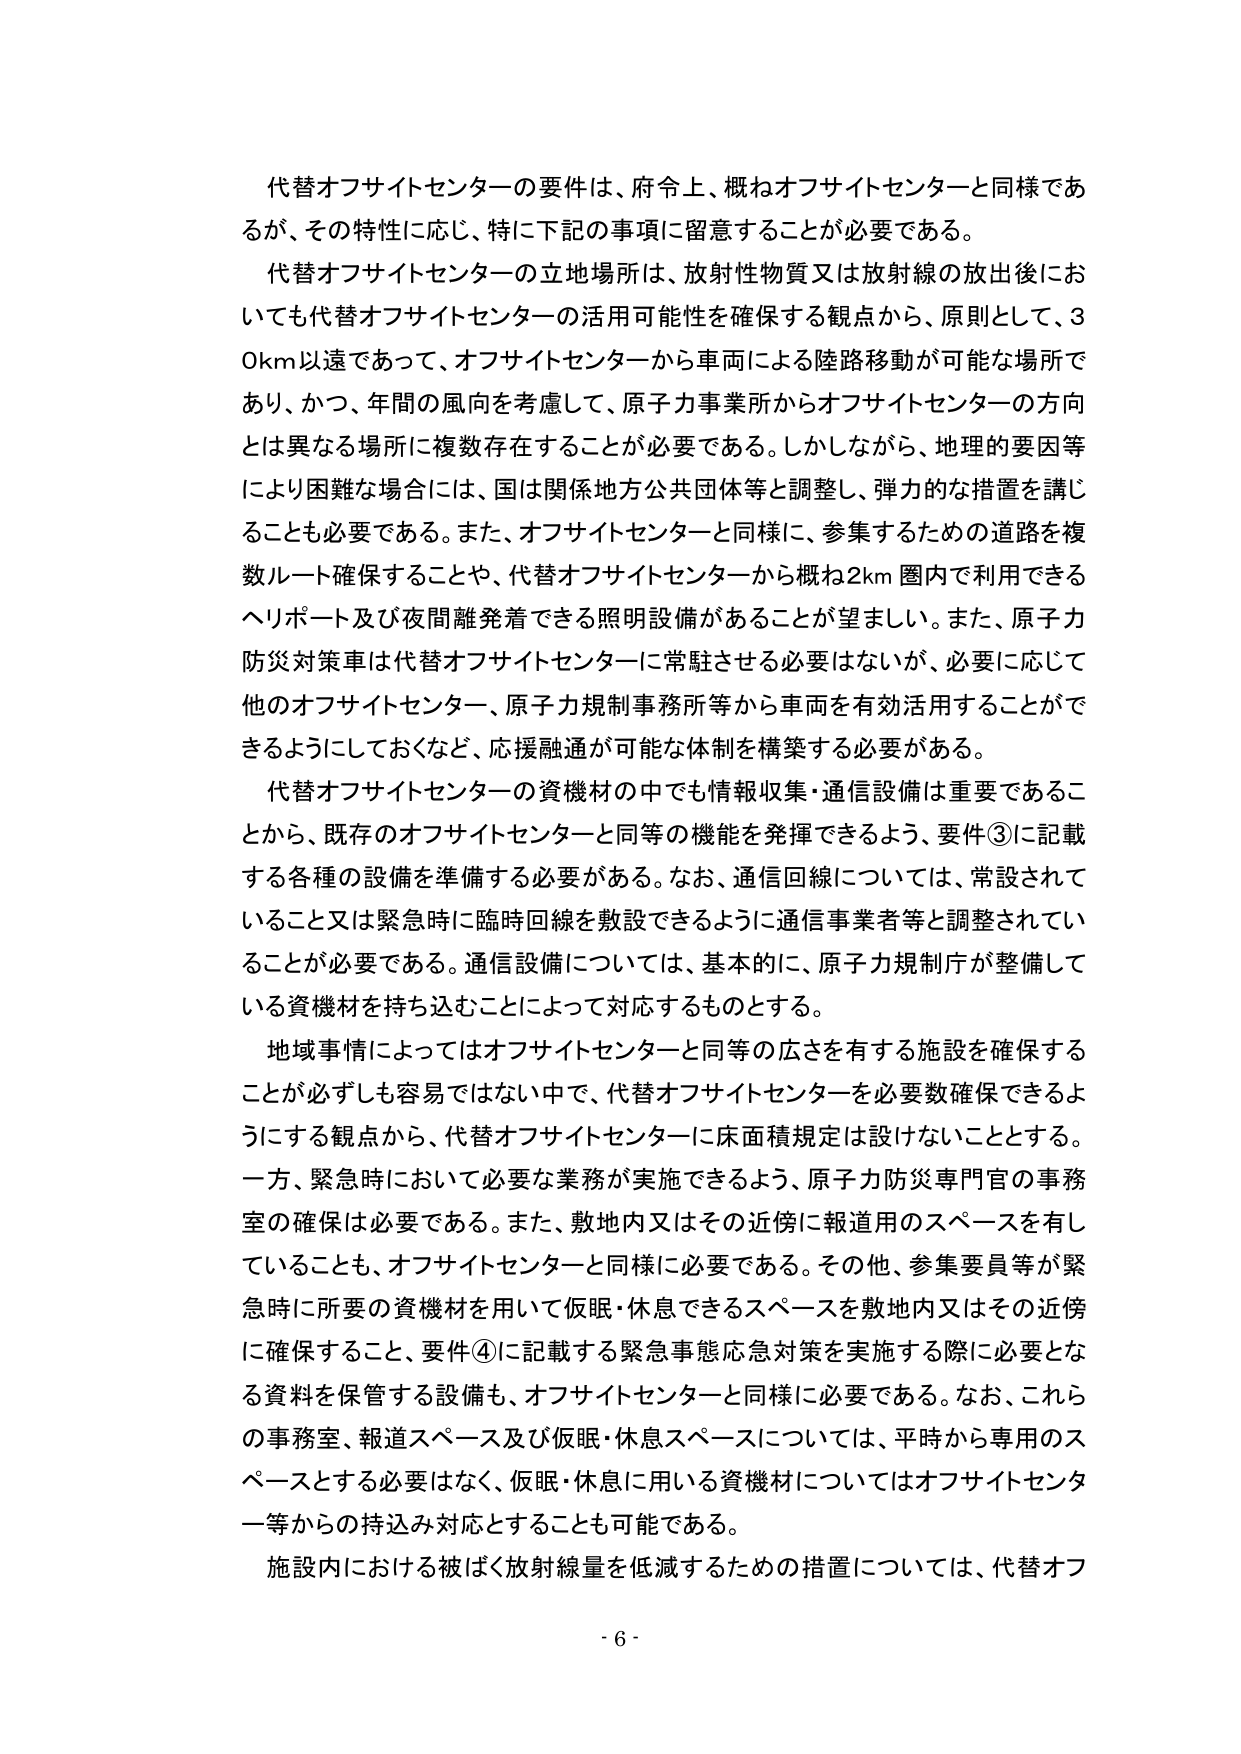
代替オフサイトセンターの要件は、府令上、概ねオフサイトセンターと同様であるが、その特性に応じ、特に下記の事項に留意することが必要である。

代替オフサイトセンターの立地場所は、放射性物質又は放射線の放出後においても代替オフサイトセンターの活用可能性を確保する観点から、原則として、30km以遠であって、オフサイトセンターから車両による陸路移動が可能な場所であり、かつ、年間の風向を考慮して、原子力事業所からオフサイトセンターの方向とは異なる場所に複数存在することが必要である。しかしながら、地理的要因等により困難な場合には、国は関係地方公共団体等と調整し、弾力的な措置を講じることも必要である。また、オフサイトセンターと同様に、参集するための道路を複数ルート確保することや、代替オフサイトセンターから概ね2km圏内で利用できるヘリポート及び夜間離発着できる照明設備があることが望ましい。また、原子力防災対策車は代替オフサイトセンターに常駐させる必要はないが、必要に応じて他のオフサイトセンター、原子力規制事務所等から車両を有効活用することができるようにしておくなど、応援融通が可能な体制を構築する必要がある。

代替オフサイトセンターの資機材の中でも情報収集・通信設備は重要であることから、既存のオフサイトセンターと同等の機能を発揮できるよう、要件③に記載する各種の設備を準備する必要がある。なお、通信回線については、常設されていること又は緊急時に臨時回線を敷設できるように通信事業者等と調整されていることが必要である。通信設備については、基本的に、原子力規制庁が整備している資機材を持ち込むことによって対応するものとする。

地域事情によってはオフサイトセンターと同等の広さを有する施設を確保することが必ずしも容易ではない中で、代替オフサイトセンターを必要数確保できるようにする観点から、代替オフサイトセンターに床面積規定は設けないこととする。一方、緊急時において必要な業務が実施できるよう、原子力防災専門官の事務室の確保は必要である。また、敷地内又はその近傍に報道用のスペースを有していることも、オフサイトセンターと同様に必要である。その他、参集要員等が緊急時に所要の資機材を用いて仮眠・休息できるスペースを敷地内又はその近傍に確保すること、要件④に記載する緊急事態応急対策を実施する際に必要となる資料を保管する設備も、オフサイトセンターと同様に必要である。なお、これらの事務室、報道スペース及び仮眠・休息スペースについては、平時から専用のスペースとする必要はなく、仮眠・休息に用いる資機材についてはオフサイトセンター等からの持込み対応することも可能である。

施設内における被ばく放射線量を低減するための措置については、代替オフ

- 6 -